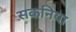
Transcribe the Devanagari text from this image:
सकनिया